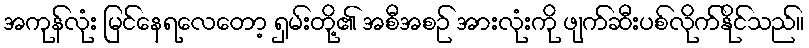
အကုန်လုံး မြင်နေရလေတော့ ရှမ်းတို့၏ အစီအစဉ် အားလုံးကို ဖျက်ဆီးပစ်လိုက်နိုင်သည်။